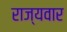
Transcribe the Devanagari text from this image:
राज्‍यवार